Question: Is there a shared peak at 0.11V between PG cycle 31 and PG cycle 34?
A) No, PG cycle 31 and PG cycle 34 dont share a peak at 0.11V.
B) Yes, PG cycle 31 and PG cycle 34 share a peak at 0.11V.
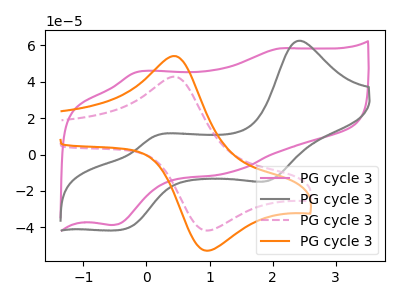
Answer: <think>The pink curve "PG cycle 31" has anodic peaks at (2.10V, 58.20uA) (-0.15V, 45.30uA) and cathodic peaks at (1.30V, -10.00uA) (-0.55V, -38.65uA). The gray curve "PG cycle 32" has anodic peaks at (2.40V, 62.45uA) (0.15V, 10.25uA) and cathodic peaks at (1.95V, -14.25uA) (-0.35V, -41.10uA). The pink dashed curve "PG cycle 33" has an anodic peak at (0.45V, 42.65uA) and a cathodic peak at (0.95V, -41.75uA). The orange curve "PG cycle 34" has an anodic peak at (0.45V, 54.00uA) and a cathodic peak at (0.95V, -52.80uA).</think>
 <answer>A) No, "PG cycle 31" and "PG cycle 34" dont share a peak at 0.11V.</answer>
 <eval>A</eval>